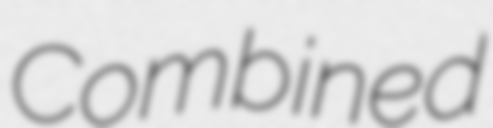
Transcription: Combined